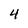
Character: 4